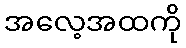
အလေ့အထကို